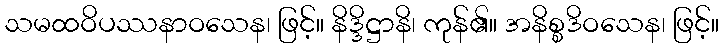
သမထဝိပဿနာဝသေန၊ ဖြင့်။ နိဒ္ဒိဋ္ဌာနိ၊ ကုန်၏။ အနိစ္စဒိဝသေန၊ ဖြင့်။